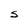
Character: S